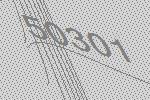
50301